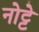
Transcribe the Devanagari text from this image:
नोट्टे